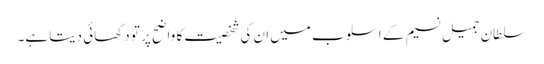
سلطان جمیل نسیم کے اسلوب میں ان کی شخصیت کا واضح پر تو دکھائی دیتا ہے۔